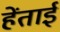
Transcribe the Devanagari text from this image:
हेंताई